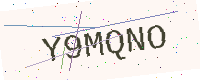
Text: Y9MQNO